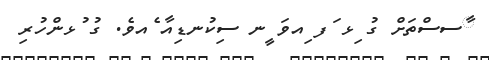
ާސސްތަށް ގު ިޅ ަފ ިއވަ ީނ ސިކުނޑިއާ ެއވެ. ގު ުޅންހުރި